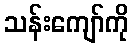
သန်းကျော်ကို